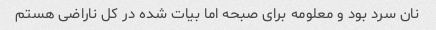
نان سرد بود و معلومه برای صبحه اما بیات شده در کل ناراضی هستم